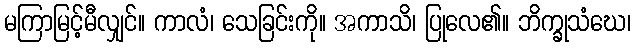
မကြာမြင့်မီလျှင်။ ကာလံ၊ သေခြင်းကို။ အကာသိ၊ ပြုလေ၏။ ဘိက္ခုသံဃေ၊